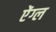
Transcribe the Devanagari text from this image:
ऐंग्ल